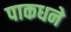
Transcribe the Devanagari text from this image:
पाकधने